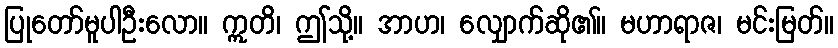
ပြုတော်မူပါဦးလော။ ဣတိ၊ ဤသို့။ အာဟ၊ လျှောက်ဆို၏။ မဟာရာဇ၊ မင်းမြတ်။